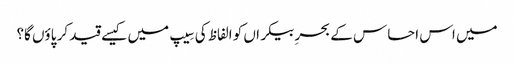
میں اس احساس کے بحرِ بیکراں کو الفاظ کی سِیپ میں کیسے قید کر پاؤں گا؟